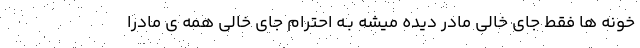
خونه ها فقط جای خالی مادر دیده میشه بـه احترام جای خالی همه ی مادرا